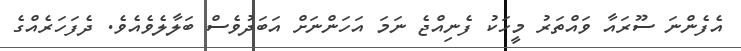
އެފެންނަ ސޫރައާ ވައްތަރު މީހަކު ފެނިއްޖެ ނަމަ އަހަންނަށް އަބަދުވެސް ބަލާލެވެއެވެ. ދެފަހަރެއްގެ